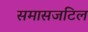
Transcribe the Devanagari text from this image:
समासजटिल